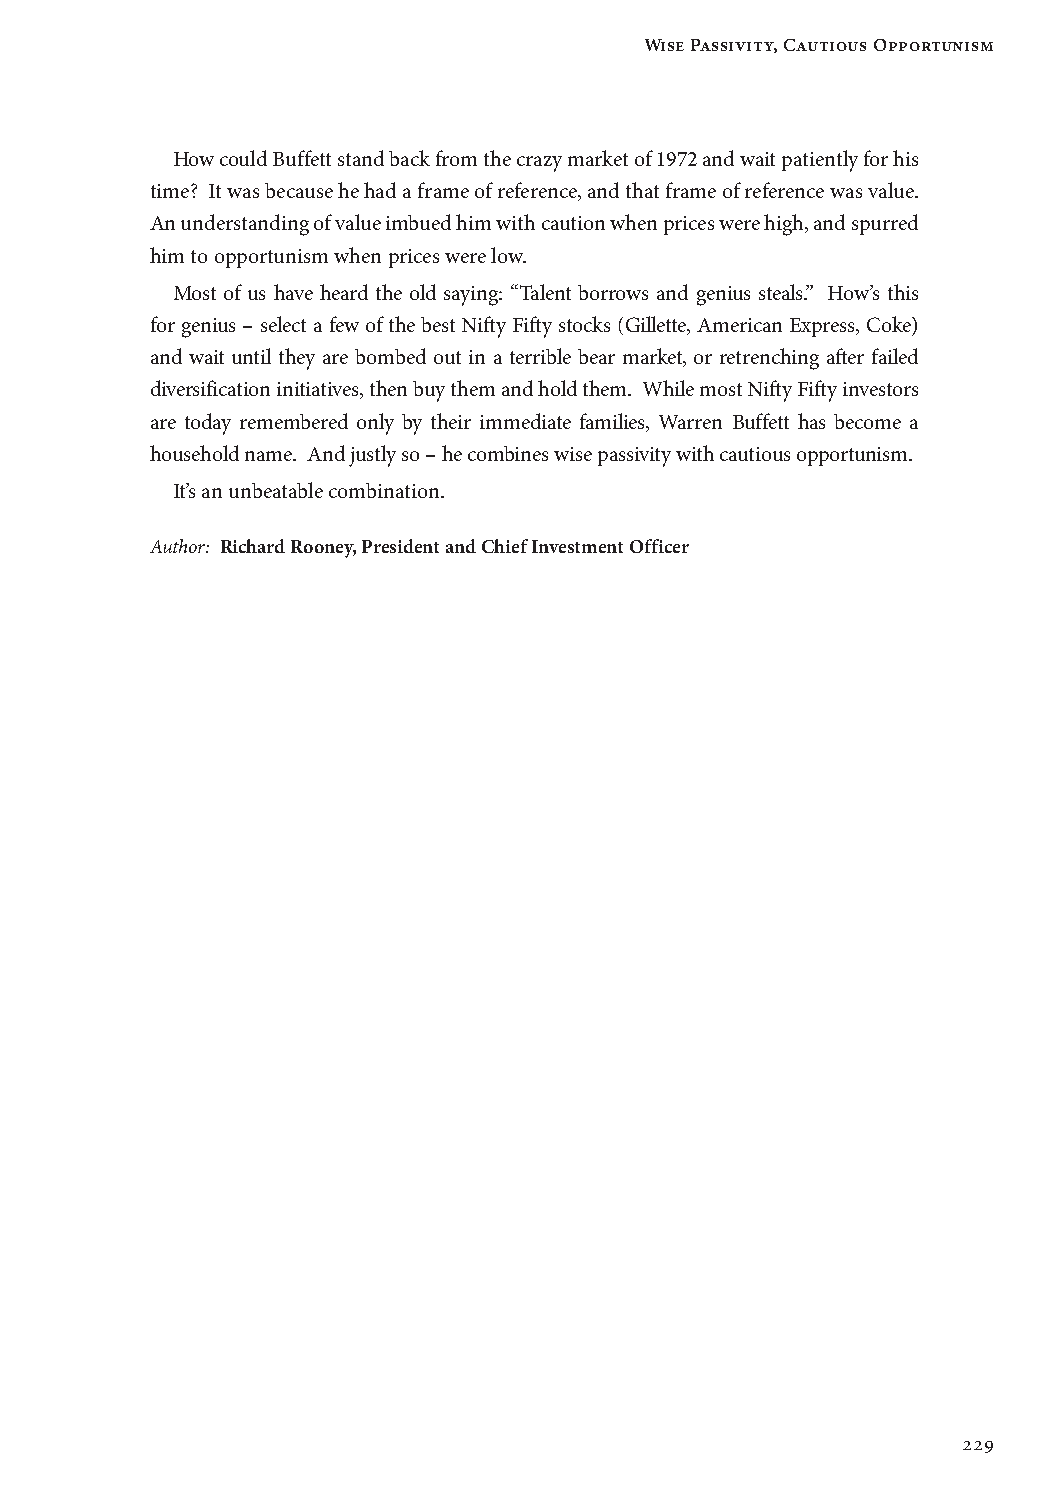
Wise Passivity, Cautious Opportunism
 How could Buffett stand back from the crazy market of 1972 and wait patiently for his
 time? It was because he had a frame of reference, and that frame of reference was value.
 An understanding of value imbued him with caution when prices were high, and spurred
 him to opportunism when prices were low.
 Most of us have heard the old saying: “Talent borrows and genius steals.” How’s this
 for genius – select a few of the best Nifty Fifty stocks (Gillette, American Express, Coke)
 and wait until they are bombed out in a terrible bear market, or retrenching after failed
 diversification initiatives, then buy them and hold them. While most Nifty Fifty investors
 are today remembered only by their immediate families, Warren Buffett has become a
 household name. And justly so – he combines wise passivity with cautious opportunism.
 It’s an unbeatable combination.
 Author: R ichard Rooney, President and Chief Investment Officer
 229